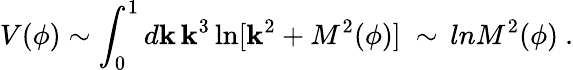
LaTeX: V(\phi)\sim\int_{0}^{1}d\mathbf{k}\, \mathbf{k}^{3}\ln[\mathbf{k}^{2}+M^{2}(\phi)]\ \sim\, lnM^{2}(\phi)\ .